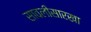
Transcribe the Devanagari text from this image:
सावलीसारखा